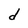
Character: d